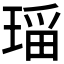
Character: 𱯌